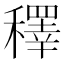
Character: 䆁